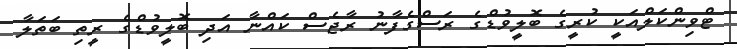
ޓްވިންކަލްއަކީ ކުރީގެ ބޮލީވުޑްގެ ރަސްގެފާނު ރާޖެސް ކައްނާ އަދި ބޮލީވުޑްގެ ރީތި ބަތަލާ